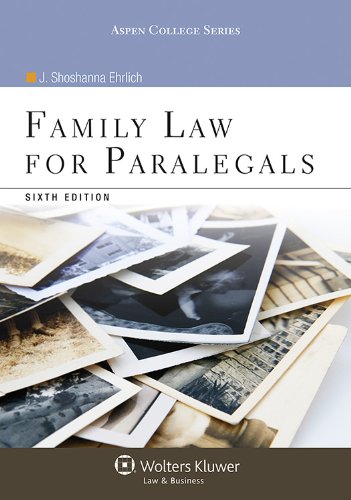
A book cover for Family Law for Paralegals, Sixth Edition (Aspen College); J. Shoshanna Ehrlich; Law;